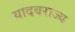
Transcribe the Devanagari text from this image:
यादवराज्य